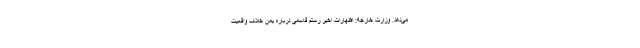
می‌دهد. وزارت خارجه: اظهارات اخیر رستم قاسمی درباره یمن خلاف واقعیت